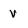
Character: V